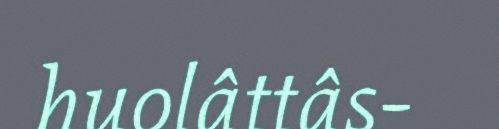
huolâttâs-